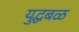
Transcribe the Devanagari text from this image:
युद्धबळ